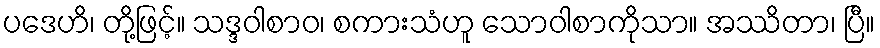
ပဒေဟိ၊ တို့ဖြင့်။ သဒ္ဒဝါစာဝ၊ စကားသံဟူ သောဝါစာကိုသာ။ အဿိတာ၊ ပြီ။